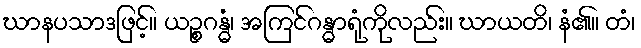
ဃာနပသာဒဖြင့်။ ယဉ္စဂန္ဓံ၊ အကြင်ဂန္ဓာရုံကိုလည်း။ ဃာယတိ၊ နံ၏။ တံ၊